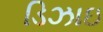
ડિઝાઇ